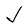
Character: J